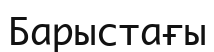
Барыстағы